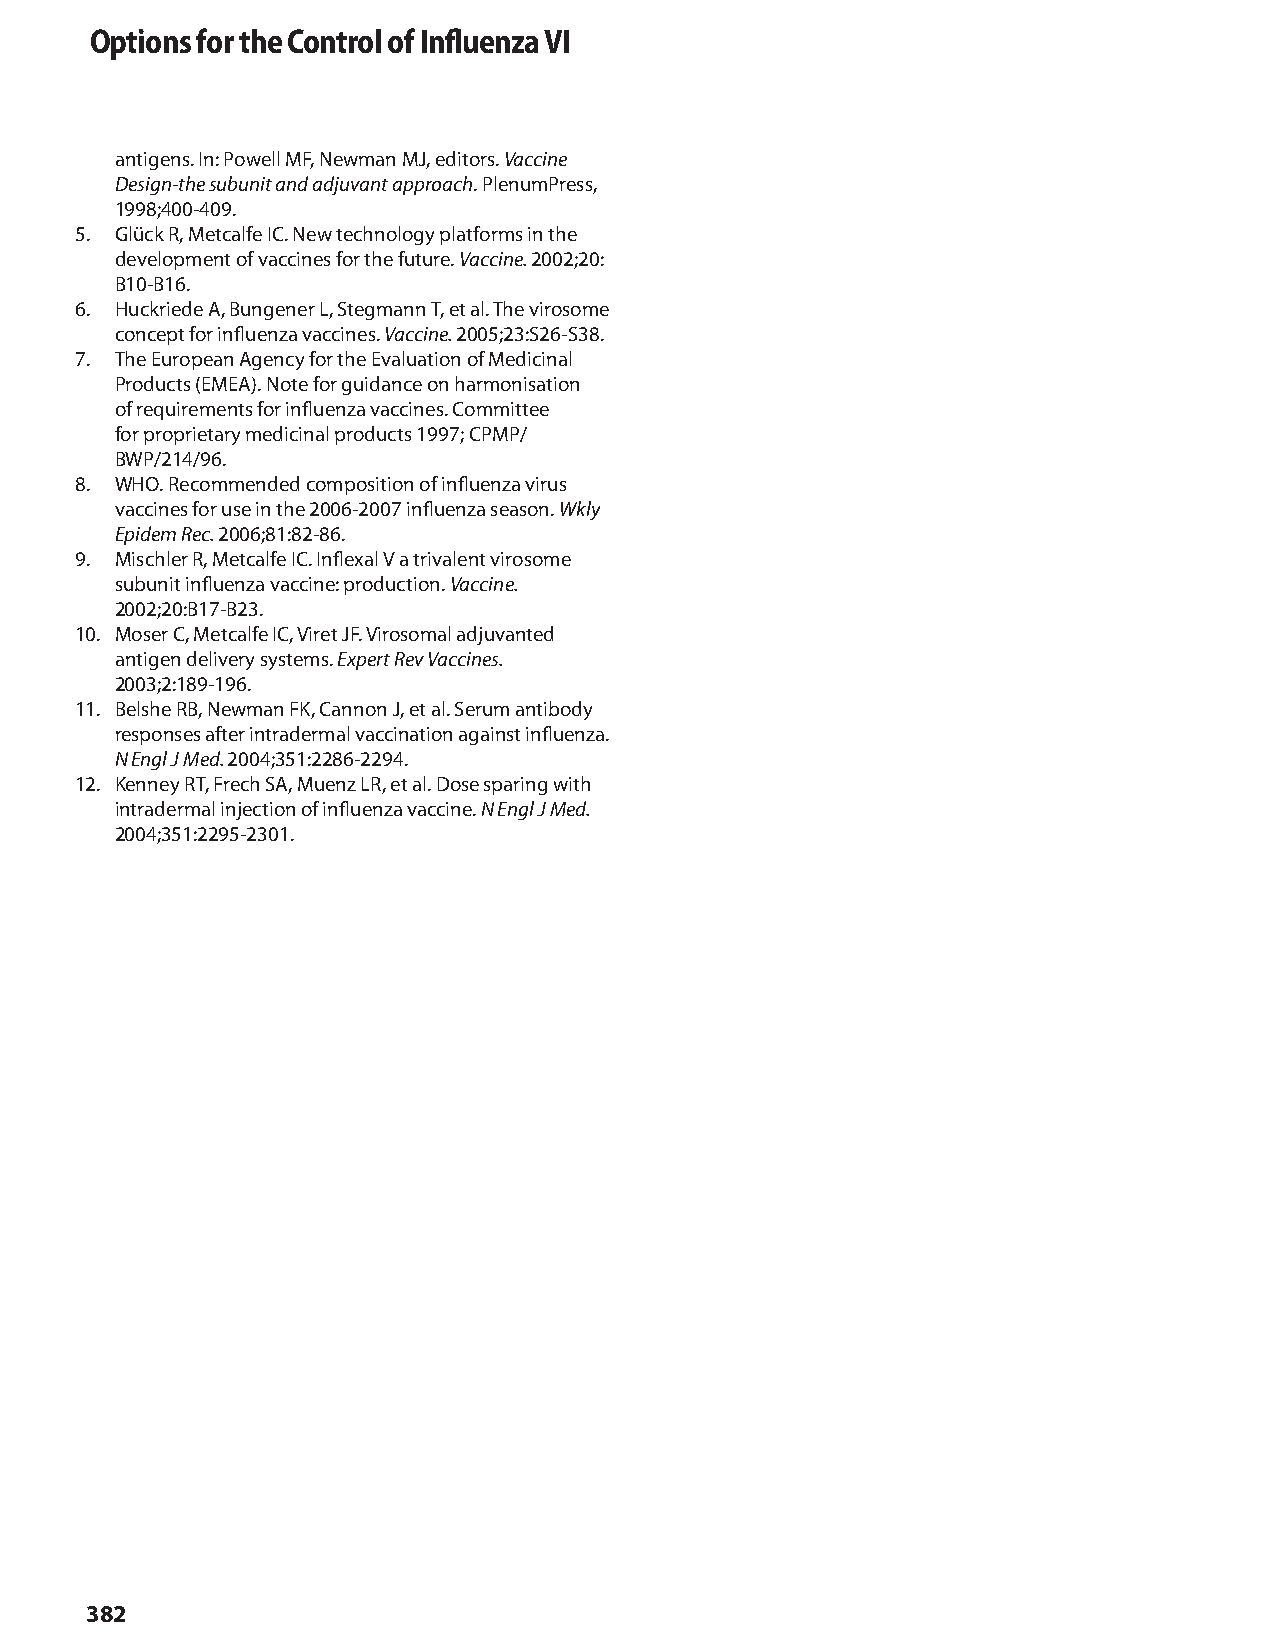
Options for the Control of Influenza VI
 antigens. In: Powell MF, Newman MJ, editors. Vaccine
 Design-the subunit and adjuvant approach. PlenumPress,
 1998;400-409.
 5. Glück R, Metcalfe IC. New technology platforms in the
 development of vaccines for the future. Vaccine. 2002;20:
 B10-B16.
 6. Huckriede A, Bungener L, Stegmann T, et al. The virosome
 concept for influenza vaccines. Vaccine. 2005;23:S26-S38.
 7. The European Agency for the Evaluation of Medicinal
 Products (EMEA). Note for guidance on harmonisation
 of requirements for influenza vaccines. Committee
 for proprietary medicinal products 1997; CPMP/
 BWP/214/96.
 8. WHO. Recommended composition of influenza virus
 vaccines for use in the 2006-2007 influenza season. Wkly
 Epidem Rec. 2006;81:82-86.
 9. Mischler R, Metcalfe IC. Inflexal V a trivalent virosome
 subunit influenza vaccine: production. Vaccine.
 2002;20:B17-B23.
 10. Moser C, Metcalfe IC, Viret JF. Virosomal adjuvanted
 antigen delivery systems. Expert Rev Vaccines.
 2003;2:189-196.
 11. Belshe RB, Newman FK, Cannon J, et al. Serum antibody
 responses after intradermal vaccination against influenza.
 N Engl J Med. 2004;351:2286-2294.
 12. Kenney RT, Frech SA, Muenz LR, et al. Dose sparing with
 intradermal injection of influenza vaccine. N Engl J Med.
 2004;351:2295-2301.
 382